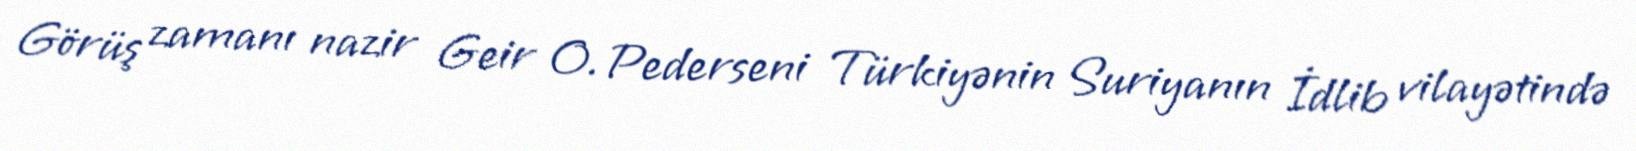
Görüş zamanı nazir Geir O. Pederseni Türkiyənin Suriyanın İdlib vilayətində